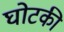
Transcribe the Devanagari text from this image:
घोटकी